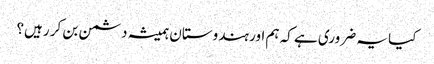
کیا یہ ضروری ہے کہ ہم اور ہندوستان ہمیشہ دشمن بن کر رہیں؟